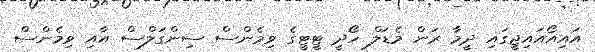
އައިއޯއައިޖީގައި ދީމާ ރަން މެޑަލް ހޯދީ ޓީޓީގެ ވިމެންސް ސިންގަލްސް އާއި ވިމެންސް